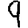
Digit: 9